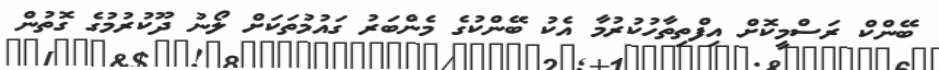
ބޭންކް ރަސްމީކޮށް އިފްތިތާހުކުރުމާ އެކު ބޭންކުގެ މެންބަރު ގައުމުތަކަށް ލޯނު ދޫކުރުމުގެ ގޮތުން